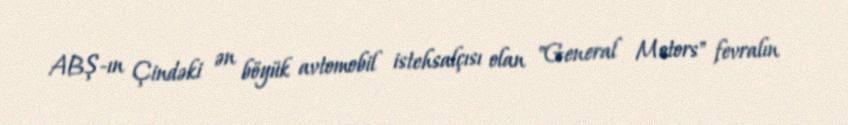
ABŞ-ın Çindəki ən böyük avtomobil istehsalçısı olan "General Motors" fevralın